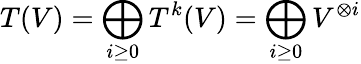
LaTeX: T(V)=\bigoplus_{i\geq 0}T^{k}(V)=\bigoplus_{i\geq 0}V^{\otimes i}